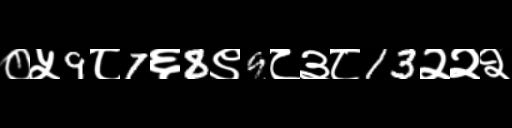
Text: ०५9८7६8९9८३८13२२२